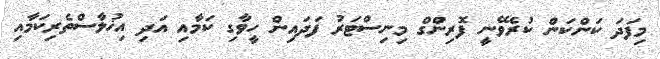
މިފަދަ ކަންކަން ކުރެވޭނީ ފޮރިންގް މިނިސްޓަރު ފަދައިން ހީވާގި ކަމާއި އަދި އިޚުލާސްތެރިކަމާއި